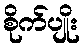
စိုက်ပျိုး